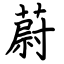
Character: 蔚